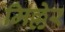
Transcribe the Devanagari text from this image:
मिल्लेर